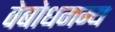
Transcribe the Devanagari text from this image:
वेबोधगम्य